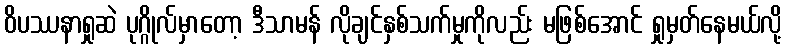
ဝိပဿနာရှုဆဲ ပုဂ္ဂိုလ်မှာတော့ ဒီသာမန် လိုချင်နှစ်သက်မှုကိုလည်း မဖြစ်အောင် ရှုမှတ်နေမယ်လို့